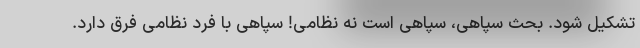
تشکیل شود. بحث سپاهی، سپاهی است نه نظامی! سپاهی با فرد نظامی فرق دارد.